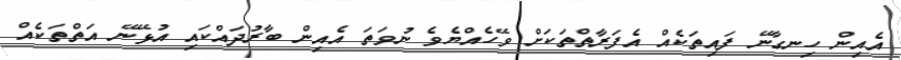
އެއިން ހިނގާނޭ ފައިތަކެއް އެފަރާތްތަކަށް ވޭހެއްޔެވެ ނުވަތަ އެއިން ބާރުދައްކައި އުޅޭނޭ އަތްތަކެއް